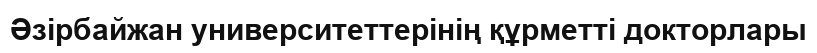
Әзірбайжан университеттерінің құрметті докторлары